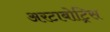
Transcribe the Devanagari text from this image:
अरटाबोट्रिस